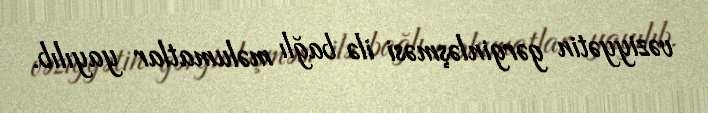
vəziyyətin gərginləşməsi ilə bağlı məlumatlar yayılıb.